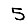
Digit: 5